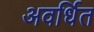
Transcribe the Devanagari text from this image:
अवर्धित